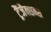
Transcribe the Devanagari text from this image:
ट्रैंजैक्शन्स